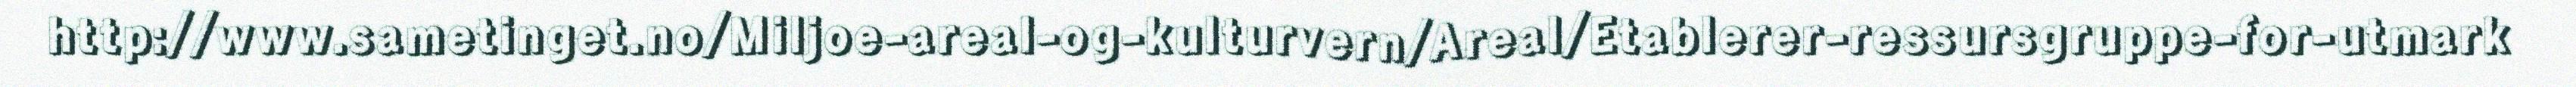
http://www.sametinget.no/Miljoe-areal-og-kulturvern/Areal/Etablerer-ressursgruppe-for-utmark